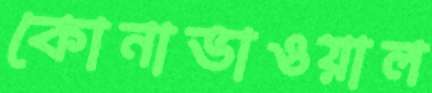
কোনাভাওয়াল